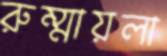
রুম্মায়লা